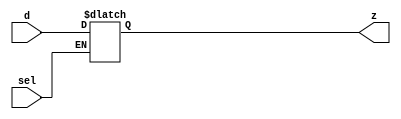
module lacth ( d,z,sel);
    input d,sel;
    output z;
// ڸ±ûиֵԭֵһ
    always @(sel or d) begin
    if(sel == 1'b1)
        z <= d; // ֵ
    end
endmodule